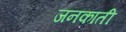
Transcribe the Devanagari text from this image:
जनकाती